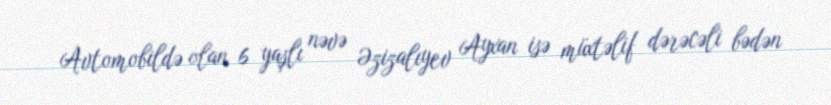
Avtomobildə olan 6 yaşlı nəvə Əzizalıyev Ayxan isə müxtəlif dərəcəli bədən